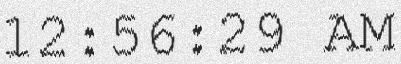
12:56:29 AM